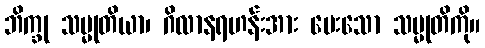
ဘိက္ခု သမ္မုတိယာ၊ ဂိလာနရဟန်းအား ပေးသော သမ္မုတိကို။